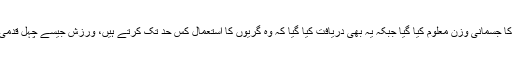
20سال کے عرصے کے دوران ان رضا کاروں سے ہر 4سال بعد ان کا جسمانی وزن معلوم کیا گیا جبکہ یہ بھی دریافت کیا گیا کہ وہ گریوں کا استعمال کس حد تک کرتے ہیں، ورزش جیسے چہل قدمی،جاگنگ، سائیکلنگ ،سوئمنگ یا دیگر کا ہفتہ وار اوسط بھی جانچا گیا۔